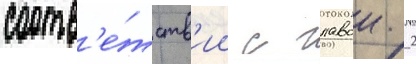
соотв'е́тств'ии с главои 2